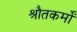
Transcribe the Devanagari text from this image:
श्रौतकर्मों